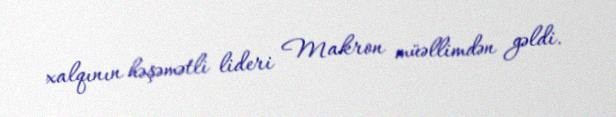
xalqının həşəmətli lideri Makron müəllimdən gəldi.